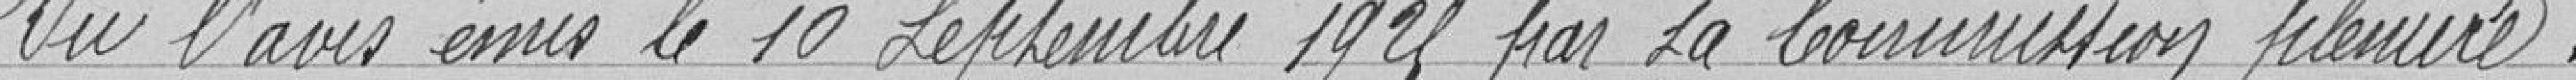
Vu l'avis émis le 10 septembre 1925 par la Commission plénière,